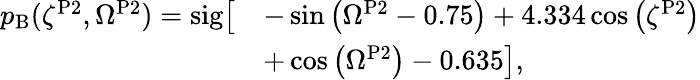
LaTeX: \begin{array}{rl}{p_{\mathrm{B}}(\zeta^{\mathrm{P2}},\Omega^{\mathrm{P2}})=\mathrm{sig}\bigl[}&{-\sin{\left(\Omega^{\mathrm{P2}}-0.75\right)}+4.334\cos{\left(\zeta^{\mathrm{P2}}\right)}}\\ &{+\cos{\left(\Omega^{\mathrm{P2}}\right)}-0.635\bigr],}\end{array}